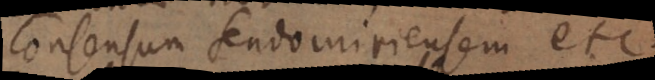
consensum Sendomiriensem etc.